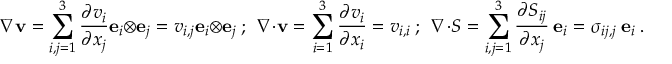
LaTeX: { \boldsymbol { \nabla } } \mathbf { v } = \sum _ { i , j = 1 } ^ { 3 } { \frac { \partial v _ { i } } { \partial x _ { j } } } \mathbf { e } _ { i } \otimes \mathbf { e } _ { j } = v _ { i , j } \mathbf { e } _ { i } \otimes \mathbf { e } _ { j } ~ ; ~ ~ { \boldsymbol { \nabla } } \cdot \mathbf { v } = \sum _ { i = 1 } ^ { 3 } { \frac { \partial v _ { i } } { \partial x _ { i } } } = v _ { i , i } ~ ; ~ ~ { \boldsymbol { \nabla } } \cdot { \boldsymbol { S } } = \sum _ { i , j = 1 } ^ { 3 } { \frac { \partial S _ { i j } } { \partial x _ { j } } } ~ \mathbf { e } _ { i } = \sigma _ { i j , j } ~ \mathbf { e } _ { i } ~ .